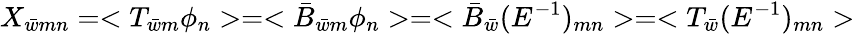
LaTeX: X_{\bar{w}mn}=<T_{\bar{w}m}\phi_{n}>=<\bar{B}_{\bar{w}m}\phi_{n}>=<\bar{B}_{\bar{w}}(E^{-1})_{mn}>=<T_{\bar{w}}(E^{-1})_{mn}>